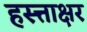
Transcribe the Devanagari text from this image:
हस्त्ताक्षर